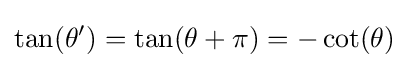
\tan(\theta ')=\tan(\theta +\pi )=-\cot(\theta )